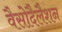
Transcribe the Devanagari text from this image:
वैसोदैलैशन